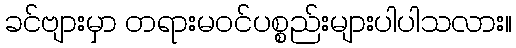
ခင်ဗျားမှာ တရားမဝင်ပစ္စည်းများပါပါသလား။